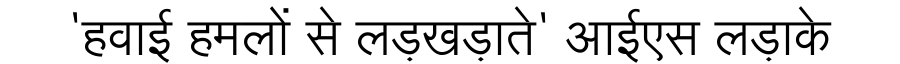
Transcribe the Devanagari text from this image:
'हवाई हमलों से लड़खड़ाते' आईएस लड़ाके